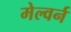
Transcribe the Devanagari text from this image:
मेल्वर्न